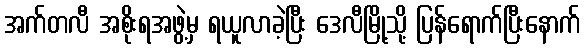
အက်တလီ အစိုးရအဖွဲ့မှ ရယူလာခဲ့ပြီး ဒေလီမြို့သို့ ပြန်ရောက်ပြီးနောက်